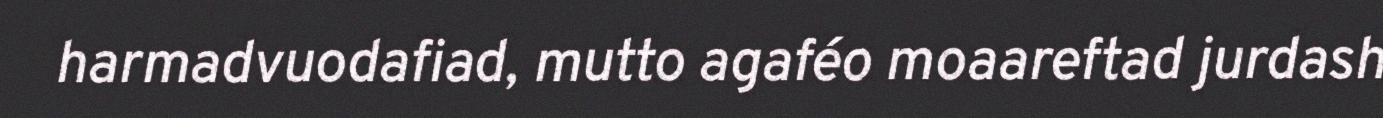
harmadvuodafiad, mutto agaféo moaareftad jurdash